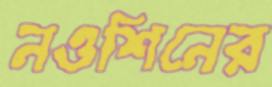
নওশিনের